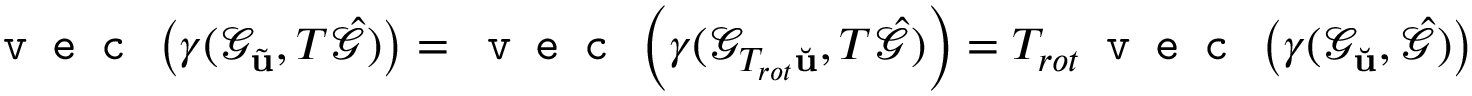
\texttt { v e c } \left( \gamma ( \mathcal { G } _ { \tilde { \mathbf { u } } } , T \hat { \mathcal { G } } ) \right) = \texttt { v e c } \left( \gamma ( \mathcal { G } _ { T _ { r o t } \Breve { \mathbf { u } } } , T \hat { \mathcal { G } } ) \right) = T _ { r o t } \texttt { v e c } \left( \gamma ( \mathcal { G } _ { \Breve { \mathbf { u } } } , \hat { \mathcal { G } } ) \right)